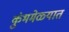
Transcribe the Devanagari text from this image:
कुंभमेळ्यात